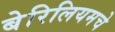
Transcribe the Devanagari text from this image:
बेरिलियमचे